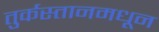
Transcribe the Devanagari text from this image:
तुर्कस्तानमधून